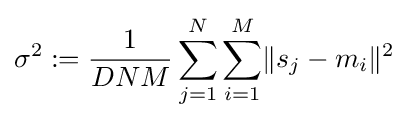
\sigma ^{2}:={\frac {1}{DNM}}\sum _{j=1}^{N}\sum _{i=1}^{M}\lVert s_{j}-m_{i}\rVert ^{2}